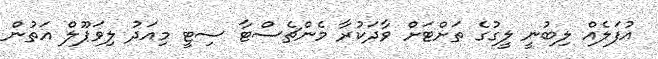
އުފަލެއް ލިބުނީ ލީގުގެ ތަށްޓަށް ވާދަކުރާ މެންޗެސްޓާ ސިޓީ މިއަދު ލިވަޕޫލް އަތުން